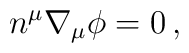
n^{\mu} \nabla_{\mu} \phi =0\, ,